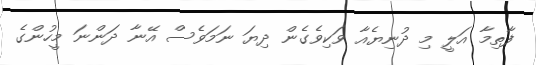
ފާތިމާ އަލީ މި ދުނިޔެއާ ވަކިވެގެން ދިޔަ ނަމަވެސް އޭނާ ދަންނަ މީހުންގެ